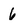
Character: 6